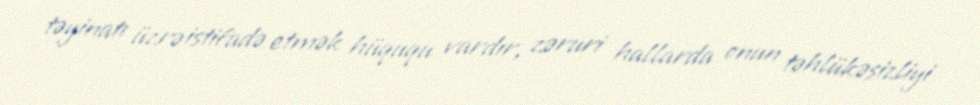
təyinatı üzrə istifadə etmək hüququ vardır, zəruri hallarda onun təhlükəsizliyi